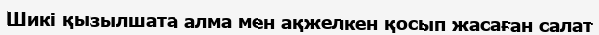
Шикі қызылшата алма мен ақжелкен қосып жасаған салат